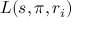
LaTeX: L ( s , \pi , r _ { i } )